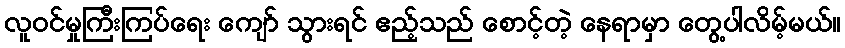
လူဝင်မှုကြီးကြပ်ရေး ကျော် သွားရင် ဧည့်သည် စောင့်တဲ့ နေရာမှာ တွေ့ပါလိမ့်မယ်။